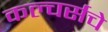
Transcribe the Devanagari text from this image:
कल्चर्सचे